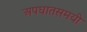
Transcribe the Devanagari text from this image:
अपघातसमयी